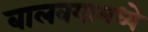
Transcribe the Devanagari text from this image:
बालवयामध्ये